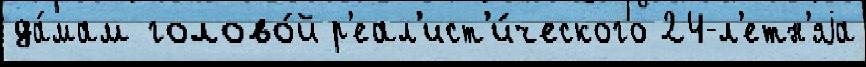
да́мам голово́й р'еал'ист'и́ческого 24-л'етн'яjа